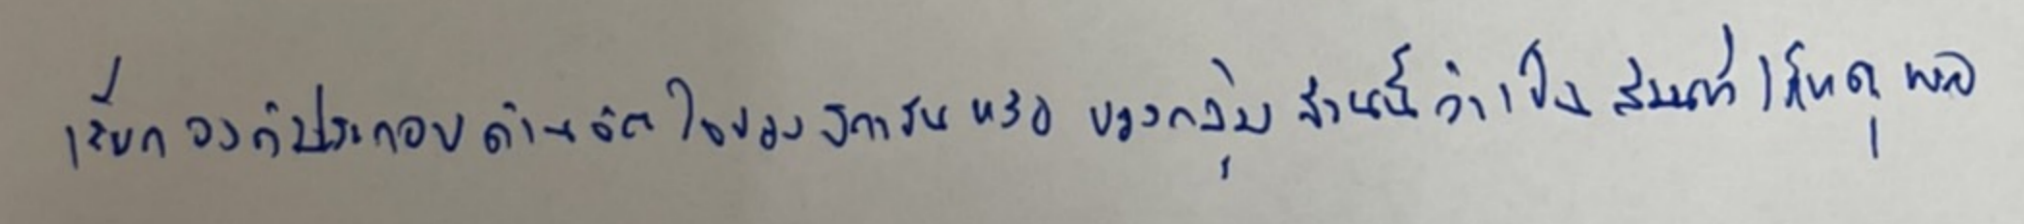
เรียกองค์ประกอบด้านจิตใจของสถาบันหรือของกลุ่มส่วนนี้ว่าเป็นส่วนที่ไร้เหตุผล